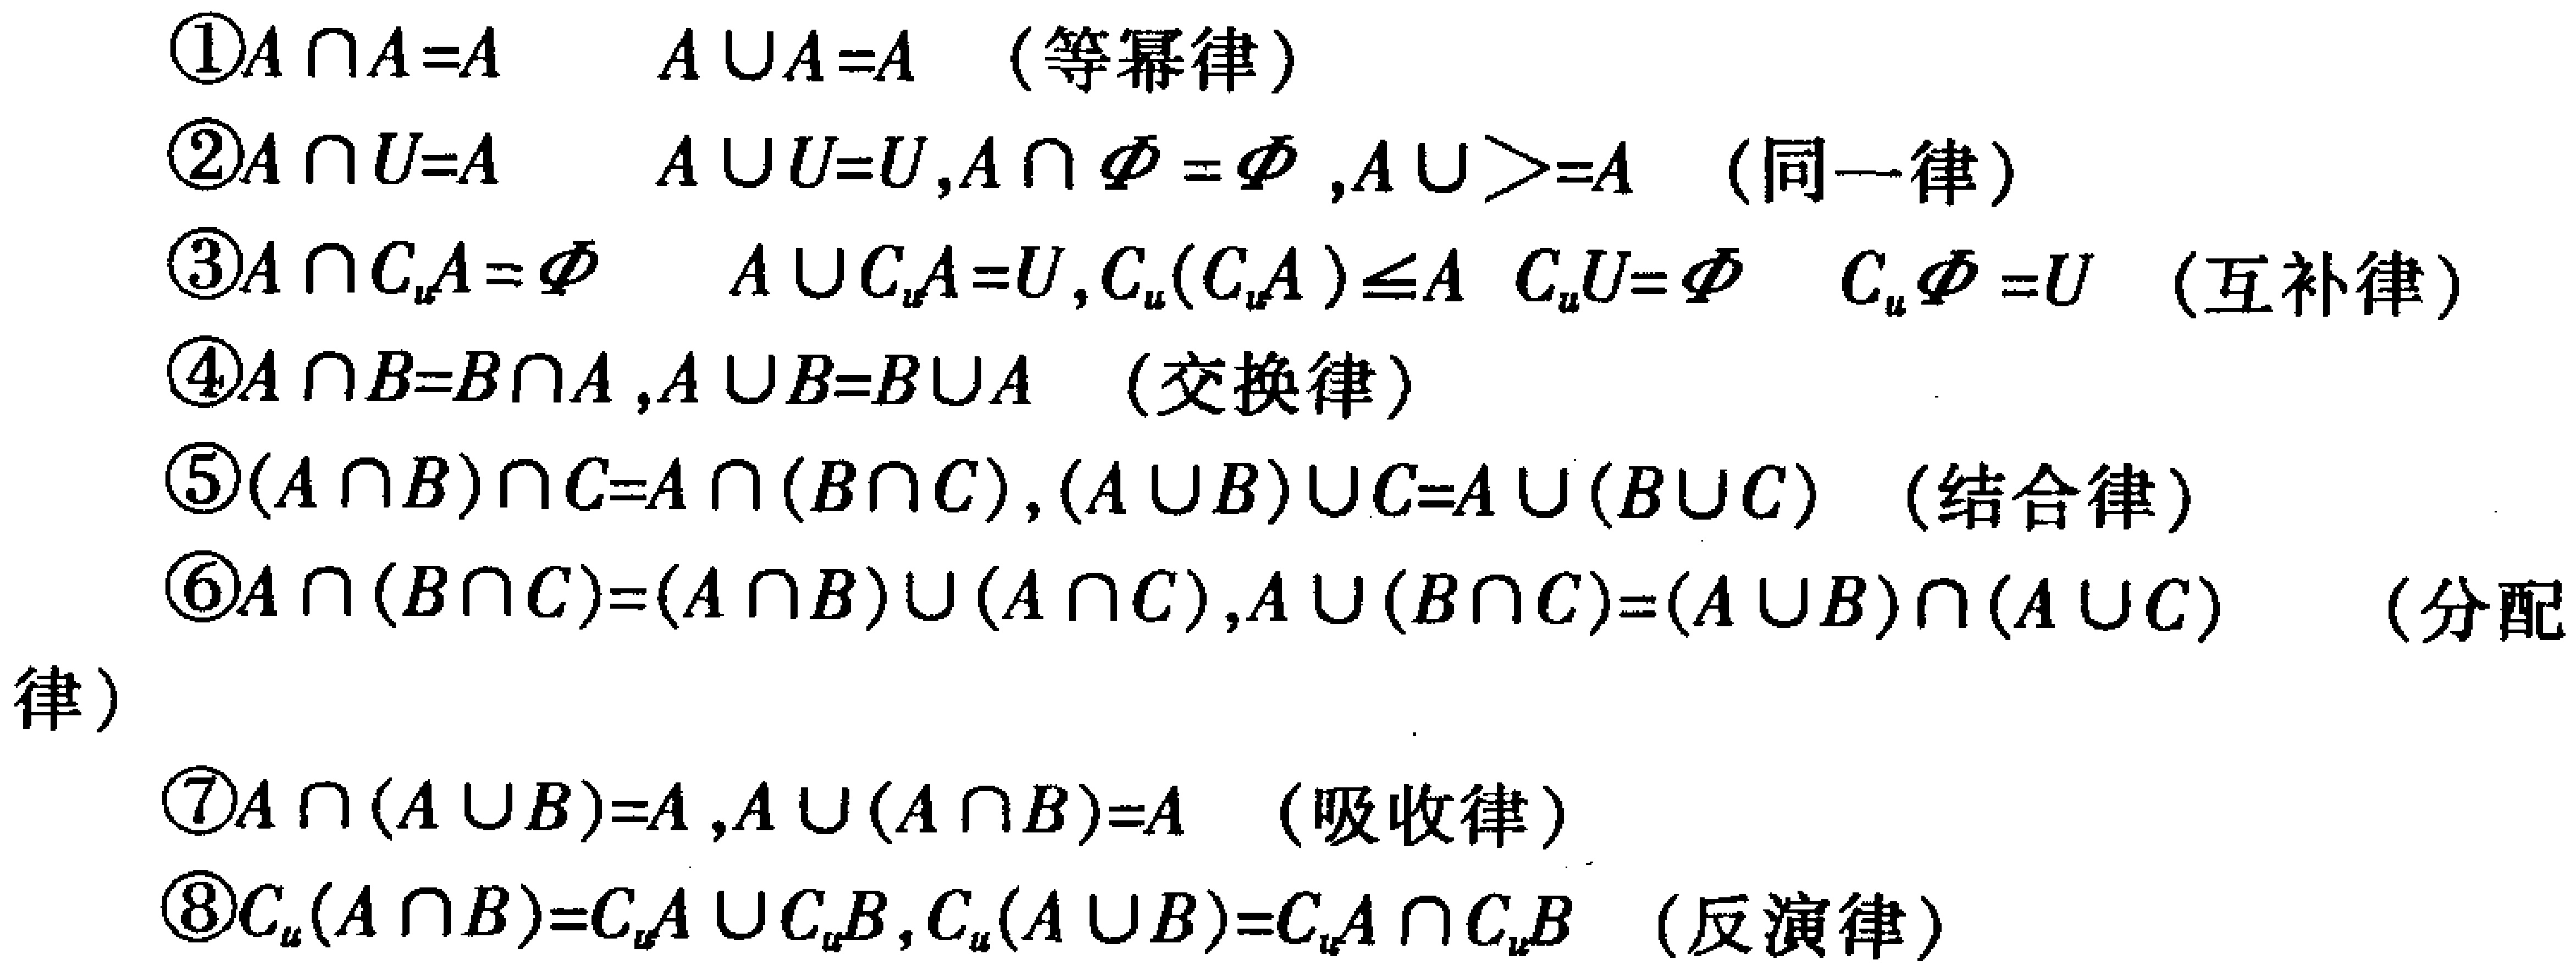
\textcircled{1}$A\cap A = A$  $A\cup A = A$ （等幂律）

\textcircled{2}$A\cap U = A$  $A\cup U = U,A\cap \varnothing=\varnothing,A\cup\varnothing = A$ （同一律）

\textcircled{3}$A\cap C_{u}A=\varnothing$  $A\cup C_{u}A = U,C_{u}(C_{u}A)=A,C_{u}U=\varnothing$  $C_{u}\varnothing = U$ （互补律）

\textcircled{4}$A\cap B = B\cap A,A\cup B = B\cup A$ （交换律）

\textcircled{5}$(A\cap B)\cap C = A\cap (B\cap C),(A\cup B)\cup C = A\cup (B\cup C)$ （结合律）

\textcircled{6}$A\cap (B\cup C)=(A\cap B)\cup(A\cap C),A\cup (B\cap C)=(A\cup B)\cap(A\cup C)$ （分配律）

\textcircled{7}$A\cap (A\cup B)=A,A\cup (A\cap B)=A$ （吸收律）

\textcircled{8}$C_{u}(A\cap B)=C_{u}A\cup C_{u}B,C_{u}(A\cup B)=C_{u}A\cap C_{u}B$ （反演律）